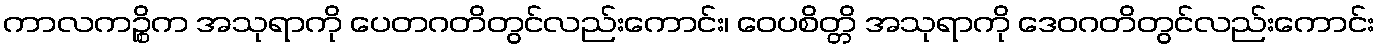
ကာလကဉ္စိက အသုရာကို ပေတဂတိတွင်လည်းကောင်း၊ ဝေပစိတ္တိ အသုရာကို ဒေဝဂတိတွင်လည်းကောင်း